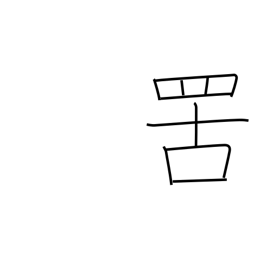
Meaning: net